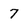
Character: 7